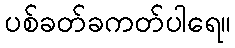
ပစ်ခတ်ခကတ်ပါရေ။